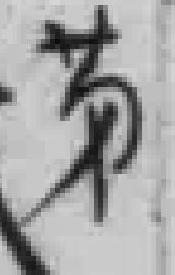
*